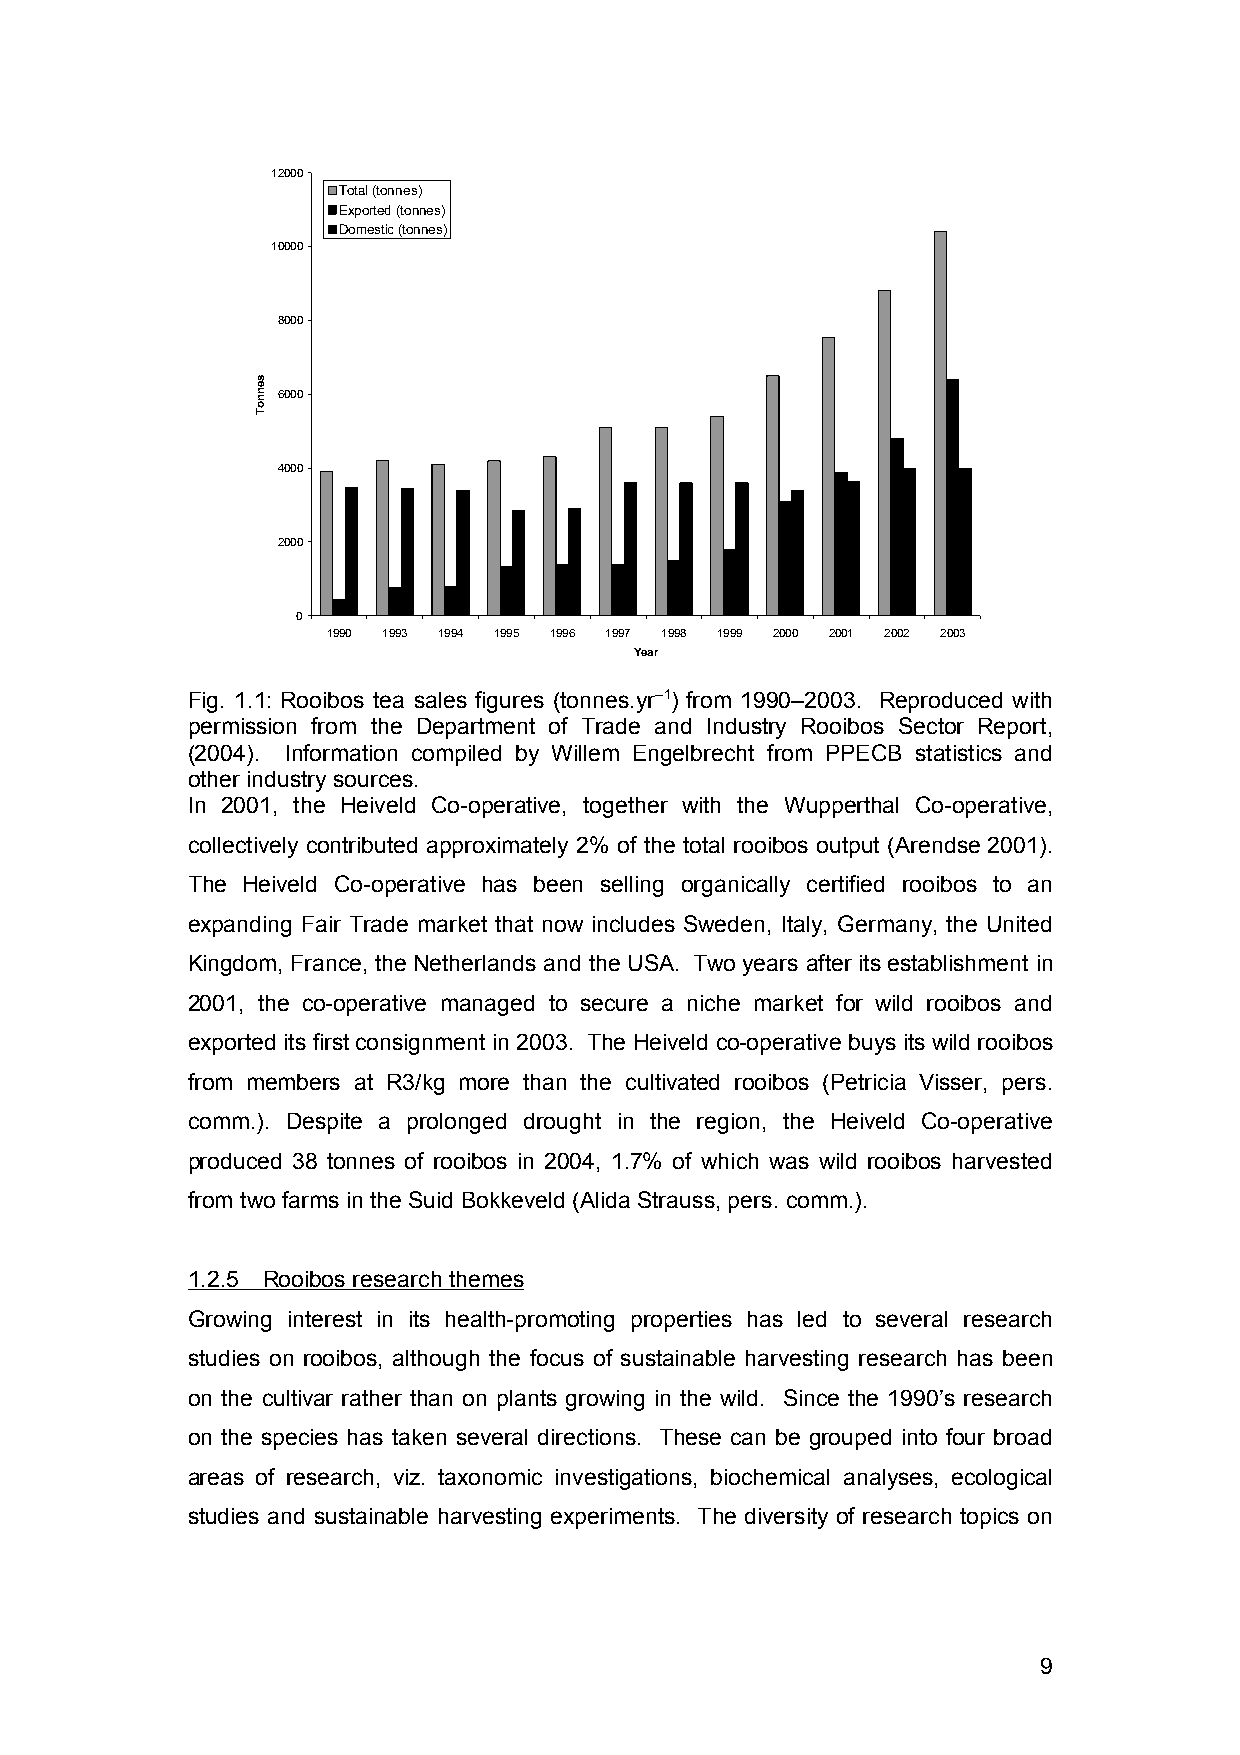
12000
 Total (tonnes)
 Exported (tonnes)
 Domestic (tonnes)
 10000
 8000
 6000
 4000
 2000
 0
 1990 1993 1994 1995 1996 1997 1998 1999 2000 2001 2002 2003
 Year
 Fig. 1.1: Rooibos tea sales figures (tonnes.yr--1) from 1990–2003. Reproduced with
 permission from the Department of Trade and Industry Rooibos Sector Report,
 (2004). Information compiled by Willem Engelbrecht from PPECB statistics and
 other industry sources.
 In 2001, the Heiveld Co-operative, together with the Wupperthal Co-operative,
 collectively contributed approximately 2% of the total rooibos output (Arendse 2001).
 The Heiveld Co-operative has been selling organically certified rooibos to an
 expanding Fair Trade market that now includes Sweden, Italy, Germany, the United
 Kingdom, France, the Netherlands and the USA. Two years after its establishment in
 2001, the co-operative managed to secure a niche market for wild rooibos and
 exported its first consignment in 2003. The Heiveld co-operative buys its wild rooibos
 from members at R3/kg more than the cultivated rooibos (Petricia Visser, pers.
 comm.). Despite a prolonged drought in the region, the Heiveld Co-operative
 produced 38 tonnes of rooibos in 2004, 1.7% of which was wild rooibos harvested
 from two farms in the Suid Bokkeveld (Alida Strauss, pers. comm.).
 1.2.5 Rooibos research themes
 Growing interest in its health-promoting properties has led to several research
 studies on rooibos, although the focus of sustainable harvesting research has been
 on the cultivar rather than on plants growing in the wild. Since the 1990’s research
 on the species has taken several directions. These can be grouped into four broad
 areas of research, viz. taxonomic investigations, biochemical analyses, ecological
 studies and sustainable harvesting experiments. The diversity of research topics on
 9
 sennoT